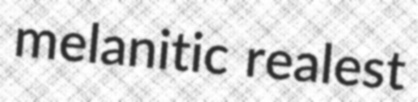
melanitic realest